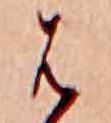
は